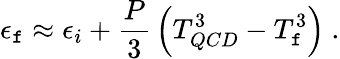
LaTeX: \epsilon_{\mathtt{f}}\approx\epsilon_{i}+{\frac{{P}}{{3}}}\left(T_{QCD}^{3}-T_{\mathtt{f}}^{3}\right)~.